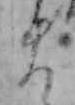
ま